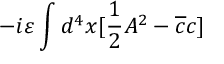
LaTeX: - i \varepsilon \int d ^ { 4 } x [ \frac { 1 } { 2 } A ^ { 2 } - \overline { { { c } } } c ]